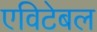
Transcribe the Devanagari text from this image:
एविटेबल